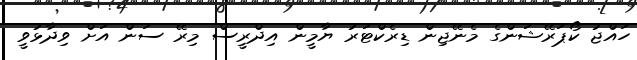
ހައްޖު ކޯޕަރޭޝަންގެ މެނޭޖިން ޑިރެކްޓަރު ޔާމީން އިދްރީސް މިރޭ ސަން އަށް ވިދާޅުވީ